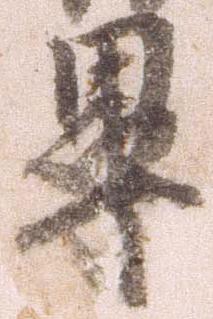
畢